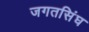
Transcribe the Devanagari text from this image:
जगतसिंघ